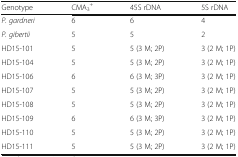
<table><thead><tr><td><b>Genotype</b></td><td><b>CMA<sub>3</sub><sup>+</sup></b></td><td><b>45S rDNA</b></td><td><b>5S rDNA</b></td></tr></thead><tbody><tr><td><i>P. gardneri</i></td><td>6</td><td>6</td><td>4</td></tr><tr><td><i>P. gibertii</i></td><td>5</td><td>5</td><td>2</td></tr><tr><td>HD15-101</td><td>5</td><td>5 (3 M; 2P)</td><td>3 (2 M; 1P)</td></tr><tr><td>HD15-104</td><td>5</td><td>5 (3 M; 2P)</td><td>3 (2 M; 1P)</td></tr><tr><td>HD15-106</td><td>6</td><td>6 (3 M; 3P)</td><td>3 (2 M; 1P)</td></tr><tr><td>HD15-107</td><td>5</td><td>5 (3 M; 2P)</td><td>3 (2 M; 1P)</td></tr><tr><td>HD15-108</td><td>5</td><td>5 (3 M; 2P)</td><td>3 (2 M; 1P)</td></tr><tr><td>HD15-109</td><td>6</td><td>6 (3 M; 3P)</td><td>3 (2 M; 1P)</td></tr><tr><td>HD15-110</td><td>5</td><td>5 (3 M; 2P)</td><td>3 (2 M; 1P)</td></tr><tr><td>HD15-111</td><td>5</td><td>5 (3 M; 2P)</td><td>3 (2 M; 1P)</td></tr></tbody></table>